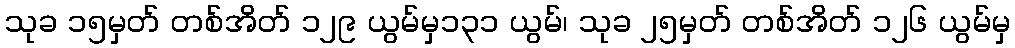
သုခ ၁၅မှတ် တစ်အိတ် ၁၂၉ ယွမ်မှ၁၃၁ ယွမ်၊ သုခ ၂၅မှတ် တစ်အိတ် ၁၂၆ ယွမ်မှ